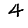
Digit: 4